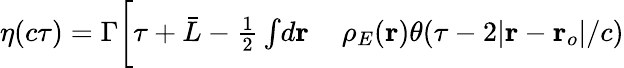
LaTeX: \begin{array}{rl}{\eta(c\tau)=\Gamma\bigg[\tau+\bar{L}-\frac{1}{2}\int\! d\mathbf{r}\, }&{{}\rho_{E}(\mathbf{r})\theta(\tau-2\vert\mathbf{r}-\mathbf{r}_{o}\vert/c)}\end{array}